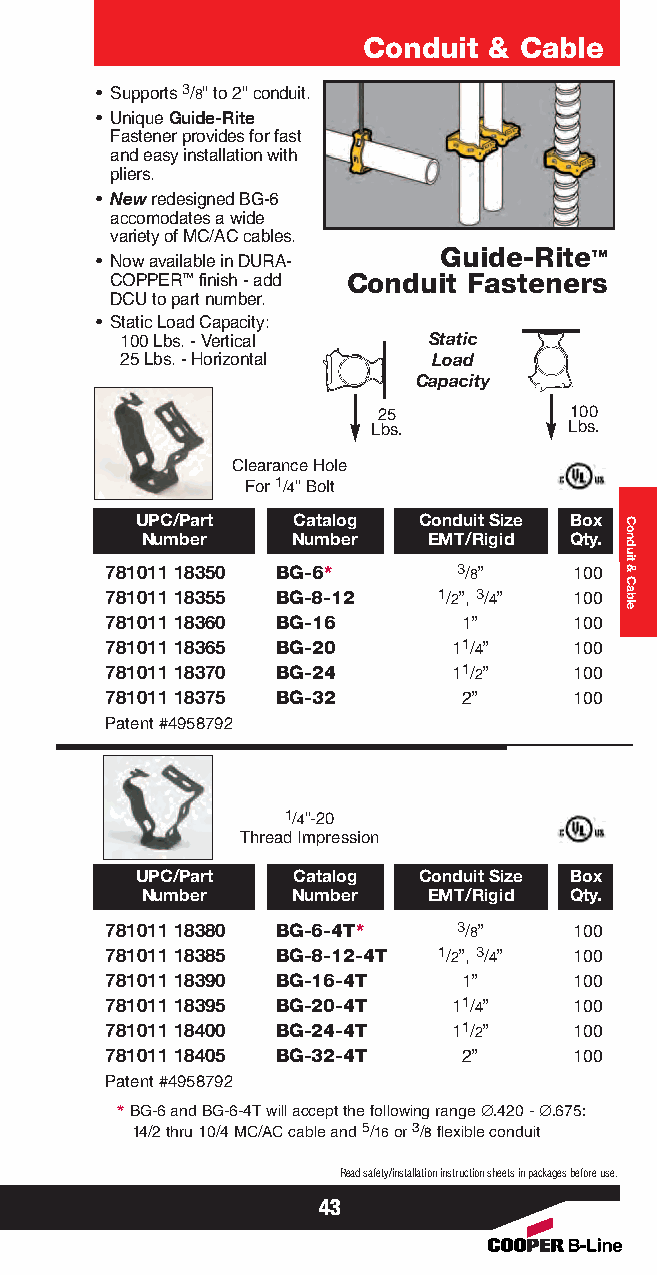
Conduit & Cable
 • Supports 3/8" to 2" conduit.
 • Unique Guide-Rite
 Fastener provides for fast
 and easy installation with
 pliers.
 • Newredesigned BG-6
 accomodates a wide
 variety of MC/AC cables.
 • Now available in DURA-
 Guide-Rite™
 COPPER™finish - add Conduit Fasteners
 DCU to part number.
 • Static Load Capacity:
 100 Lbs. - Vertical Static
 25 Lbs. - Horizontal Load
 Capacity
 25           100
 Lbs.         Lbs.
 Clearance Hole
 For 1/4" Bolt
 UPC/Part  Catalog  Conduit Size Box
 Number    Number   EMT/Rigid Qty.
 781011 18350 BG-6*     3/8”    100
 781011 18355 BG-8-12  1/2”, 3/4” 100
 781011 18360 BG-16      1”     100
 781011 18365 BG-20     11/4”   100
 781011 18370 BG-24     11/2”   100
 781011 18375 BG-32      2”     100
 Patent #4958792
 1/4"-20
 Thread Impression
 UPC/Part  Catalog  Conduit Size Box
 Number    Number   EMT/Rigid Qty.
 781011 18380 BG-6-4T*  3/8”    100
 781011 18385 BG-8-12-4T 1/2”, 3/4” 100
 781011 18390 BG-16-4T   1”     100
 781011 18395 BG-20-4T  11/4”   100
 781011 18400 BG-24-4T  11/2”   100
 781011 18405 BG-32-4T   2”     100
 Patent #4958792
 *BG-6 and BG-6-4Twill accept the following range ∅.420 - ∅.675:
 14/2 thru 10/4 MC/AC cable and 5/16or 3/8flexible conduit
 Read safety/installation instruction sheets in packages before use.
 43
 Conduit
 &
 Cable